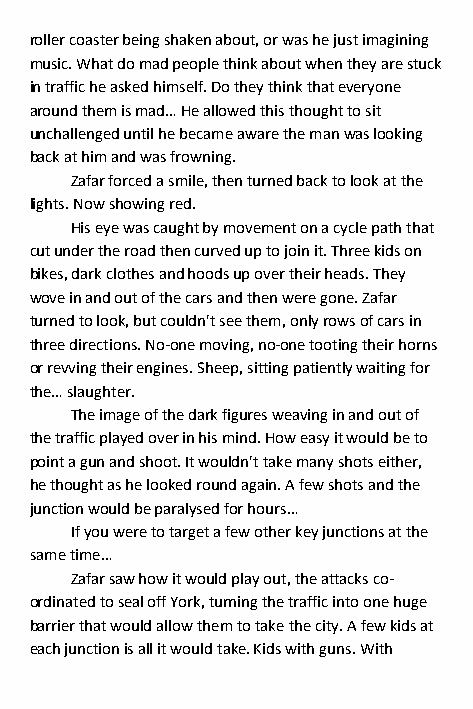
roller coaster being shaken about, or was he just imagining
 music. What do mad people think about when they are stuck
 in traffic he asked himself. Do they think that everyone
 around them is mad… He allowed this thought to sit
 unchallenged until he became aware the man was looking
 back at him and was frowning.
 Zafar forced a smile, then turned back to look at the
 lights. Now showing red.
 His eye was caught by movement on a cycle path that
 cut under the road then curved up to join it. Three kids on
 bikes, dark clothes and hoods up over their heads. They
 wove in and out of the cars and then were gone. Zafar
 turned to look, but couldn't see them, only rows of cars in
 three directions. No-one moving, no-one tooting their horns
 or revving their engines. Sheep, sitting patiently waiting for
 the… slaughter.
 The image of the dark figures weaving in and out of
 the traffic played over in his mind. How easy it would be to
 point a gun and shoot. It wouldn't take many shots either,
 he thought as he looked round again. A few shots and the
 junction would be paralysed for hours…
 If you were to target a few other key junctions at the
 same time…
 Zafar saw how it would play out, the attacks co-
 ordinated to seal off York, turning the traffic into one huge
 barrier that would allow them to take the city. A few kids at
 each junction is all it would take. Kids with guns. With